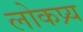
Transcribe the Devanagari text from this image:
लोकप्र्य